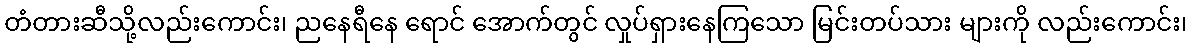
တံတားဆီသို့လည်းကောင်း၊ ညနေရီနေ ရောင် အောက်တွင် လှုပ်ရှားနေကြသော မြင်းတပ်သား များကို လည်းကောင်း၊